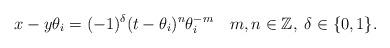
LaTeX: \begin{align*}{x - y \theta_i = (-1)^\delta (t - \theta_i)^n \theta_i^{-m} \ \ \ m,n \in \mathbb{Z}}, \; \delta \in \{ 0, 1 \}.\end{align*}